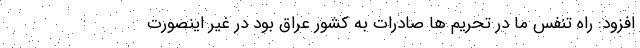
افزود: راه تنفس ما در تحریم ها صادرات به کشور عراق بود در غیر اینصورت